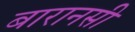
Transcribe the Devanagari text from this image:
बारानसी